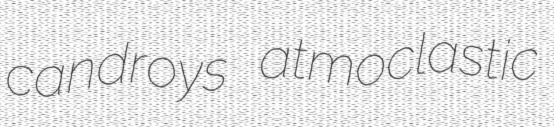
candroys atmoclastic